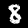
Label: 8